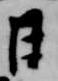
日